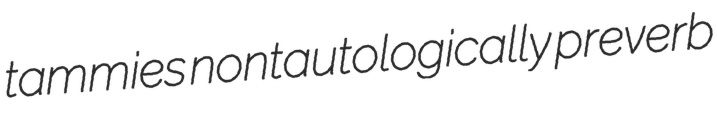
tammies nontautologically preverb